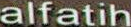
alfatih